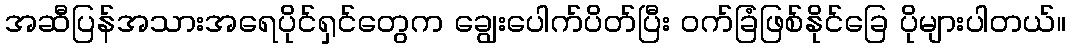
အဆီပြန်အသားအရေပိုင်ရှင်တွေက ချွေးပေါက်ပိတ်ပြီး ဝက်ခြံဖြစ်နိုင်ခြေ ပိုများပါတယ်။